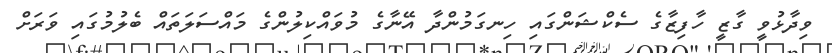
ވިދާޅުވީ ގާޒީ ހާފިޒާގެ ސެކްޝަންގައި ހިނގަމުންދާ އޭނާގެ މުވައްކިލުންގެ މައްސަލަތައް ބެލުމުގައި ވަރަށް